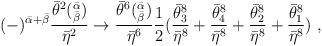
LaTeX: \begin{align*}(-)^{{\bar\alpha}+{\bar\beta}}\frac{{\bar\theta}^{2}(^{\bar\alpha}_{\bar\beta})}{{\bar\eta}^2}\rightarrow\frac{{\bar\theta}^{6}(^{\bar\alpha}_{\bar\beta})}{{\bar\eta}^6}{1\over 2}(\frac{{\bar\theta}^{8}_3}{{\bar\eta}^8}+ \frac{{\bar\theta}^{8}_4}{{\bar\eta}^8} +\frac{{\bar\theta}^{8}_2}{{\bar\eta}^8} +\frac{{\bar\theta}^{8}_1}{{\bar\eta}^8})\ ,\end{align*}